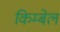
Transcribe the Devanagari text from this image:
किम्बेल